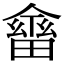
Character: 𠏇